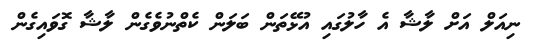
ނިއަލް އަށް ލާޝާ އެ ހާލުގައި އުޅޭތަން ބަލަން ކެތްނުވެގެން ލާޝާ ގޮވައިގެން